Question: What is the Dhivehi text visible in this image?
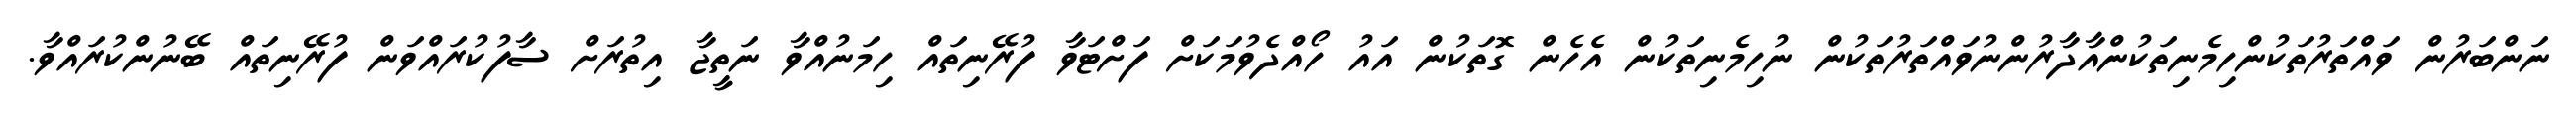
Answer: ނަންބަރުން ވައްތަރުތަކުންހިމެނިތަކުންއާދާރުންނުވައްތަރުތަކުން ނުހިމެނިތަކުން އެހެން ގޮތަކުން އައު ހޯއްދެވުމަކަށް ފަށްޓަވާ ފުރޭނިތައް ހިމަނުއްވާ ނަތީޖާ އިތުރަށް ސާފުކުރައްވަން ފުރޭނިތައް ބޭނުންކުރައްވާ.